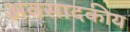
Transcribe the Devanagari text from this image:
अवसादकीय